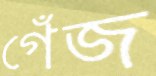
গেঁজ